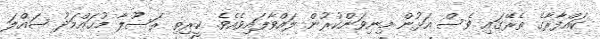
ކައްފާރާގެ ތެރޭގައި ވެސް އަޅުން މިނިވަންކުރުން ލައްވާފައިވެއެވެ. ކީރިތި ރަސޫލާ މުޙައްމަދު ޞައްލަ